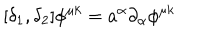
[ \delta _ { 1 } , \delta _ { 2 } ] \phi ^ { \mu k } = a ^ { \alpha } \partial _ { \alpha } \phi ^ { \mu k }